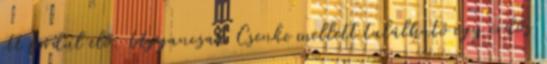
itt fordul elő. Ugyancsak Csenke mellett található egy erdős